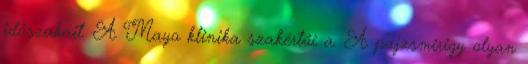
időszakait. A Mayo klinika szakértői a. A pajzsmirigy olyan